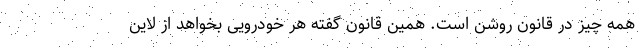
همه چیز در قانون روشن است. همین قانون گفته هر خودرویی بخواهد از لاین